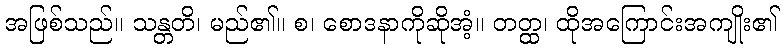
အဖြစ်သည်။ သန္တတိ၊ မည်၏။ စ၊ စောဒနာကိုဆိုအံ့။ တတ္ထ၊ ထိုအကြောင်းအကျိုး၏